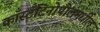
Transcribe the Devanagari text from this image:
काँस्टँटिनोपोलमधील